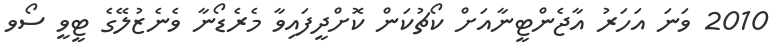
2010 ވަނަ އަހަރު އާޖެންޓީނާއަށް ކޯޗުކަން ކޮށްދީފައިވާ މެރެޑޯނާ ވެނެޒުލޭގެ ޓީވީ ސޯވ